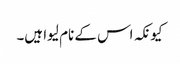
کیونکہ اس کے نام لیوا ہیں۔